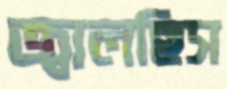
জ্বালছিস